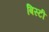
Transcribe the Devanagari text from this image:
बिस्टी